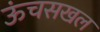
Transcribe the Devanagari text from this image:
ऊंचसखल